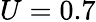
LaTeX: U=0.7